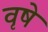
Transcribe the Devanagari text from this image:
वृषे